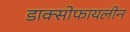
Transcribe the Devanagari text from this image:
डाक्सोफायलीन